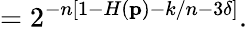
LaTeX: =2^{-n\left[1-H\left(\mathbf{p}\right)-k/n-3\delta\right]}.